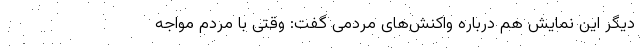
دیگر این نمایش هم درباره واکنش‌های مردمی گفت: وقتی با مردم مواجه